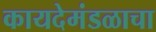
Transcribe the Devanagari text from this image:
कायदेमंडळाचा